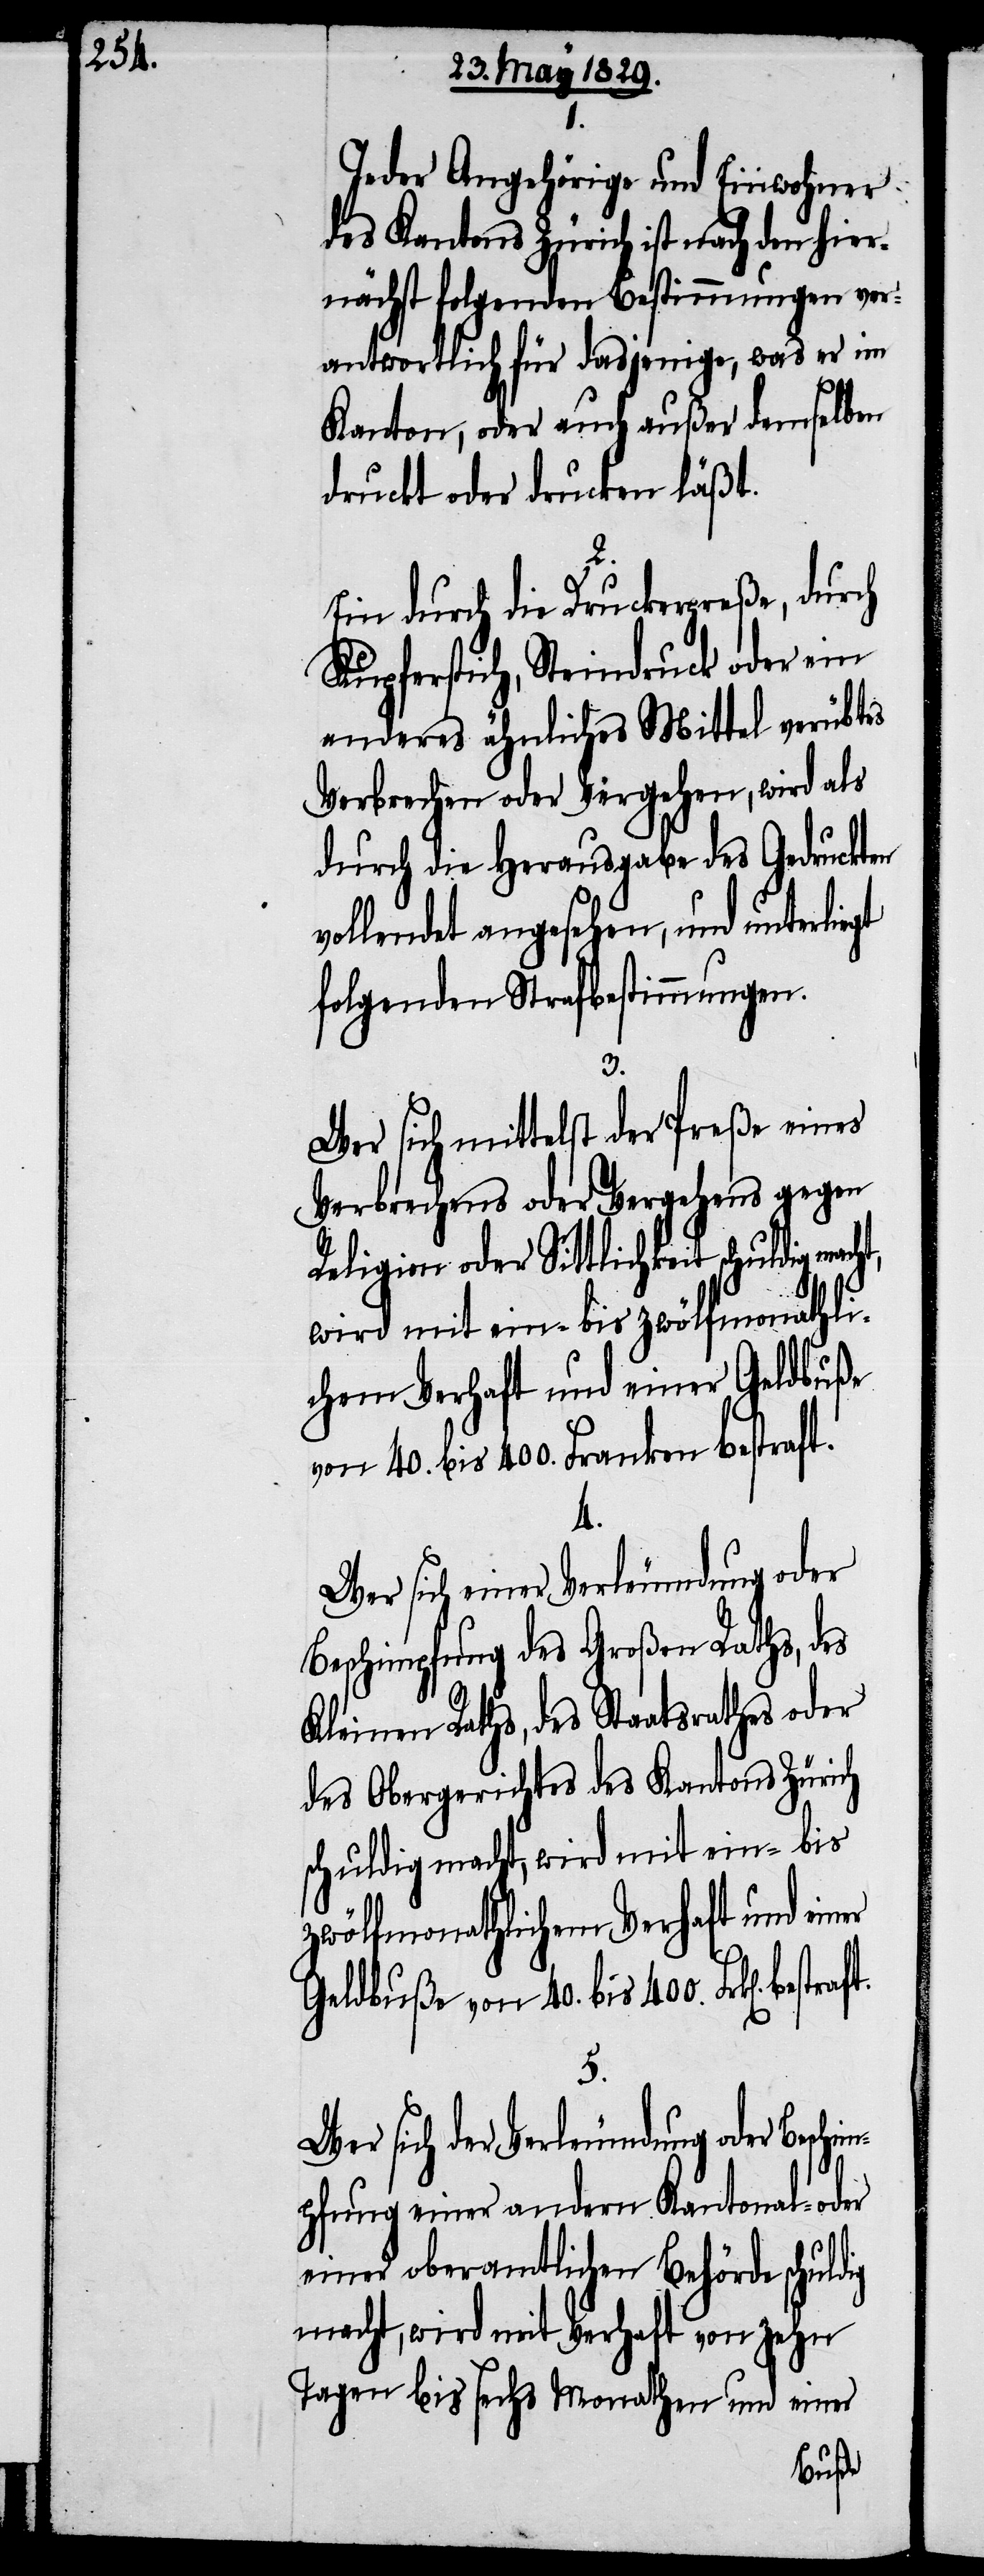
ig
Jeder Angehörige und Einwohner
des Kantons Zürich ist nach den hier¬
nächst folgenden Bestimmungen ver¬
antwortlich für dasjenige, was er im
Kanton, oder auch außer demselben
druckt oder drucken läßt.
Ein durch die Druckerpreße, durch
Kupferstich, Steindruck oder ein
anderes ähnliches Mittel verübtes
Verbrechen oder Vergehen, wird als
durch die Herausgabe des Gedruckten
vollendet angesehen, und unterliegt
folgenden Strafbestimmungen.
3.
Wer sich mittelst der Preße eines
Verbrechens oder Vergehens gegen
Religion oder Sittlichkeit
von 40. bis 400. Franken bestraft.
4.
Wer sich einer Verleumdung oder
Beschimpfung des Großen Raths, des
Kleinen Raths, des Staatsrathes oder
des Obergerichtes des Kantons Zürich
schuldig macht, wird mit ein- bis
zwölfmonathlichem Verhaft und einer
Geldbuße von 40. bis 400. Frk[en].
5.
Wer sich der Verleumdung oder Beschi¬
mpfung einer andern Kantonal- oder
einer oberamtlichen Behörde schuld¬
macht, wird mit Verhaft von zehn
Tagen bis sechs Monathen und einer
buße